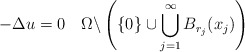
\begin{align*} -\Delta u=0\quad\Omega \backslash \left( \{0\} \cup \bigcup^{\infty}_{j=1} B_{r_j} (x_j) \right) \end{align*}